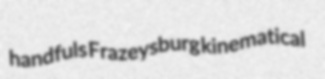
handfuls Frazeysburg kinematical